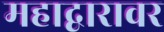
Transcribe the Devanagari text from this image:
महाद्वारावर